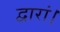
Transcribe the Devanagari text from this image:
द्वारां।